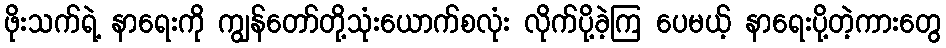
ဖိုးသက်ရဲ့ နာရေးကို ကျွန်တော်တို့သုံးယောက်စလုံး လိုက်ပို့ခဲ့ကြ ပေမယ့် နာရေးပို့တဲ့ကားတွေ